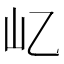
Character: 𡴭